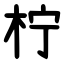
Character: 柠